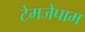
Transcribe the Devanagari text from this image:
टेमजेपाम